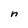
Character: n